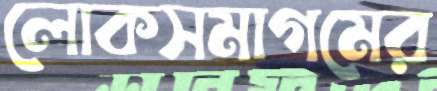
লোকসমাগমের